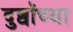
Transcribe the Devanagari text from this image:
दुब्वॉच्या